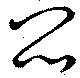
悶